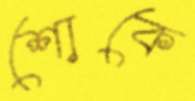
শোকে